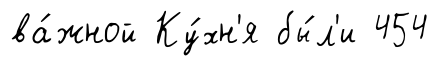
ва́жной Ку́хн'я бы́л'и 454